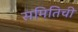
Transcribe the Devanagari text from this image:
समितिची